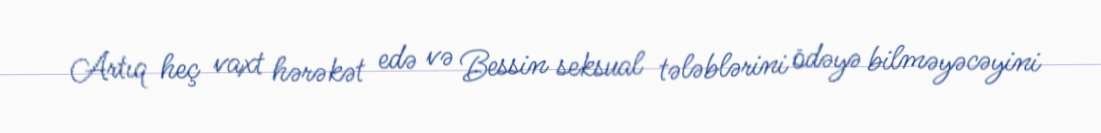
Artıq heç vaxt hərəkət edə və Bessin seksual tələblərini ödəyə bilməyəcəyini